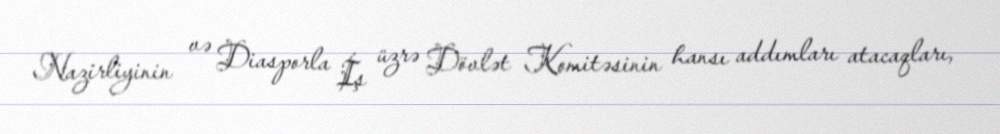
Nazirliyinin və Diasporla İş üzrə Dövlət Komitəsinin hansı addımları atacaqları,